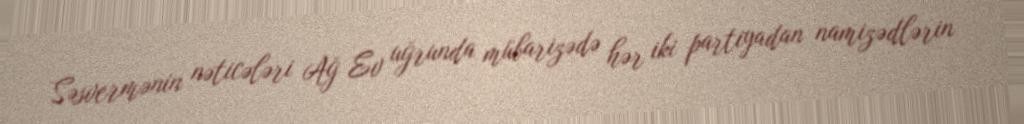
Səsvermənin nəticələri Ağ Ev uğrunda mübarizədə hər iki partiyadan namizədlərin